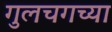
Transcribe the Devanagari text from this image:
गुलचगच्या